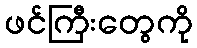
ဖင်ကြီးတွေကို